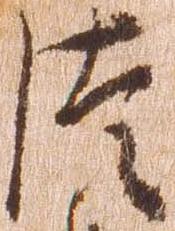
つ